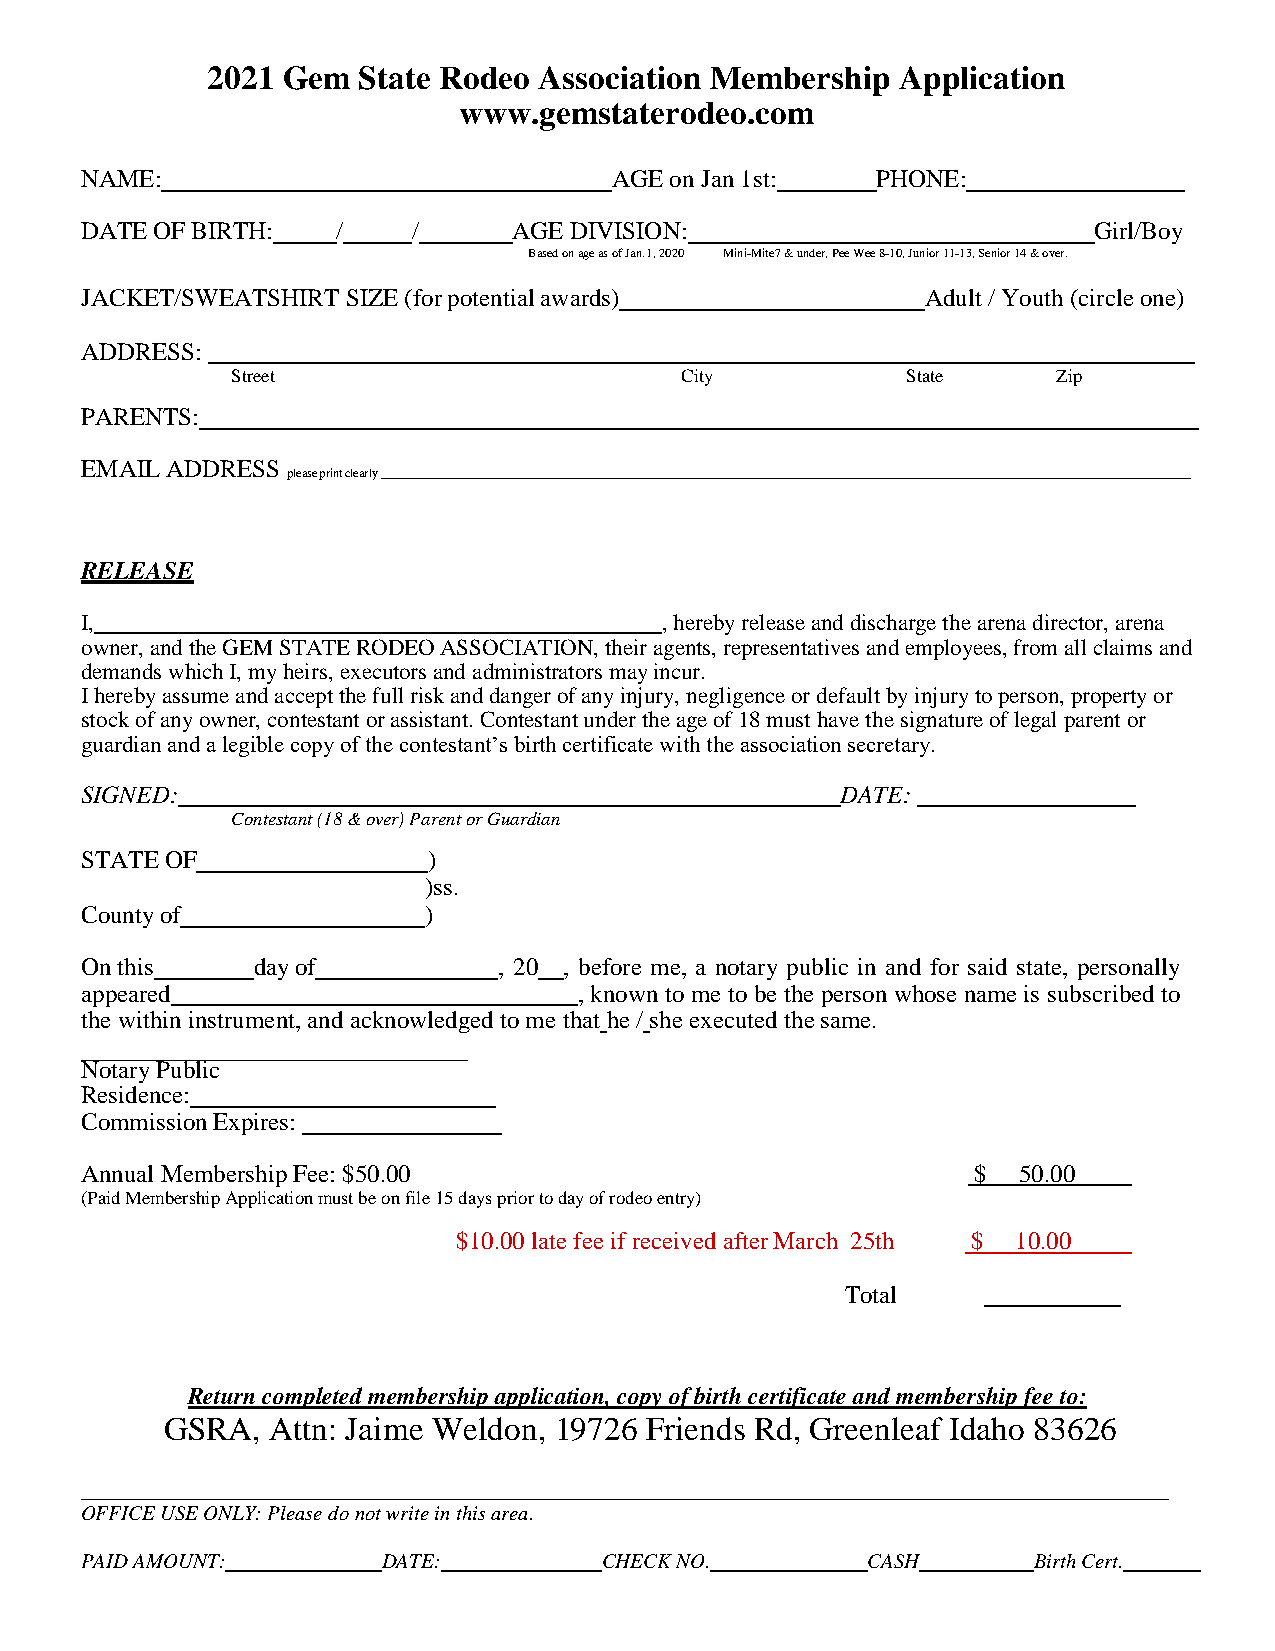
2021 Gem  State Rodeo Association Membership  Application
 www.gemstaterodeo.com
 NAME:                               AGE on Jan 1st:  PHONE:
 DATE OF BIRTH:   /    /      AGE DIVISION:                         Girl/Boy
 Based on age as of Jan. 1, 2020 Mini-Mite7 & under, Pee Wee 8-10, Junior 11-13, Senior 14 & over.
 JACKET/SWEATSHIRT SIZE (for potential awards)           Adult / Youth (circle one)
 ADDRESS:
 Street                        City           State     Zip
 PARENTS:
 EMAIL ADDRESS
 please print clearly
 RELEASE
 I,                                     , hereby release and discharge the arena director, arena
 owner, and the GEM STATE RODEO ASSOCIATION, their agents, representatives and employees, from all claims and
 demands which I, my heirs, executors and administrators may incur.
 I hereby assume and accept the full risk and danger of any injury, negligence or default by injury to person, property or
 stock of any owner, contestant or assistant. Contestant under the age of 18 must have the signature of legal parent or
 guardian and a legible copy of the contestant’s birth certificate with the association secretary.
 SIGNED:                                            DATE:
 Contestant (18 & over) Parent or Guardian
 STATE OF               )
 )ss.
 County of              )
 On this     day of          , 20 , before me, a notary public in and for said state, personally
 appeared                         , known to me to be the person whose name is subscribed to
 the within instrument, and acknowledged to me that he / she executed the same.
 Notary Public
 Residence:
 Commission Expires:
 Annual Membership Fee: $50.00                               $ 50.00
 (Paid Membership Application must be on file 15 days prior to day of rodeo entry)
 $10.00 late fee if received after March 25th $ 10.00
 Total
 Return completed membership application, copy of birth certificate and membership fee to:
 GSRA,  Attn: Jaime Weldon, 19726 Friends Rd, Greenleaf Idaho 83626
 OFFICE USE ONLY: Please do not write in this area.
 PAID AMOUNT:        DATE:          CHECK NO.        CASH       Birth Cert.